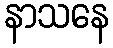
နာသနေ